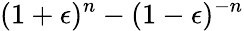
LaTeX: (1+\epsilon)^{n}-(1-\epsilon)^{-n}